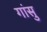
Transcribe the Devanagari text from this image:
गांसु